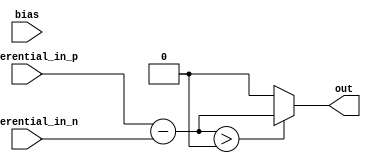
module ECL_buffer_design (
    input differential_in_p,
    input differential_in_n,
    input bias,
    output out
    );

    wire differential_in;
    wire protected_in;

    assign differential_in = differential_in_p - differential_in_n;

    // Biasing circuitry
    assign protected_in = (differential_in > 0) ? differential_in : 0;

    // Output stage
    assign out = protected_in;

endmodule